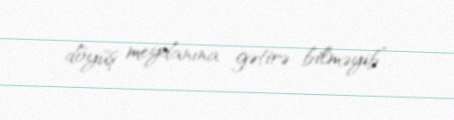
döyüş meydanına gətirə bilməyib”.